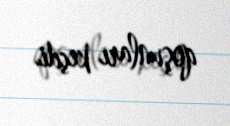
qoşunları keçdi.